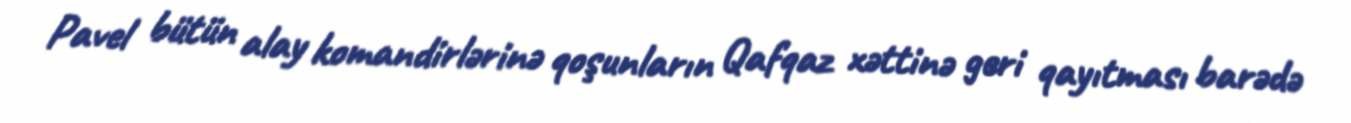
Pavel bütün alay komandirlərinə qoşunların Qafqaz xəttinə geri qayıtması barədə